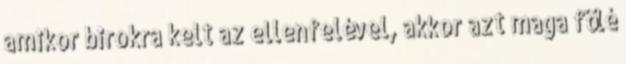
amikor birokra kelt az ellenfelével, akkor azt maga fölé